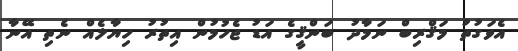
އެވަގުތު މަޤްރިބް ނަމާދު ބަންޤީގެ އަޑު ޖެހުމުން އިތުރު ހިޔާލެއް ނެތި އޭނާ